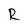
Character: R